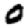
Digit: 0